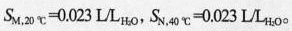
$$S_{M,20℃} = 0 . 0 2 3 L / L_{H_{2}O}$$，$$S_{N,40℃} = 0 . 0 2 3